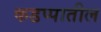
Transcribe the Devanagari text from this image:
कडप्पातील